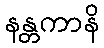
နန္တကာနိ